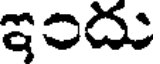
ఇందు